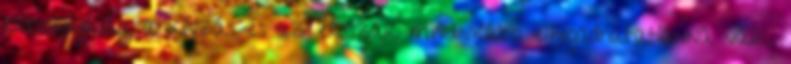
rabszolgaság, a kínzás és az erőszak mindinkább elfogadhatatlanná válik.